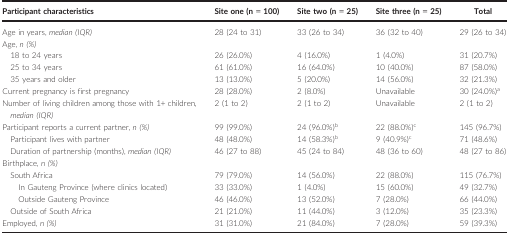
<table><thead><tr><td><b>Participant characteristics</b></td><td><b>Site one (n = 100)</b></td><td><b>Site two (n = 25)</b></td><td><b>Site three (n = 25)</b></td><td><b>Total</b></td></tr></thead><tbody><tr><td>Age in years, <i>median (IQR)</i></td><td>28 (24 to 31)</td><td>33 (26 to 34)</td><td>36 (32 to 40)</td><td>29 (26 to 34)</td></tr><tr><td colspan="5">Age, <i>n (%)</i></td></tr><tr><td>18 to 24 years</td><td>26 (26.0%)</td><td>4 (16.0%)</td><td>1 (4.0%)</td><td>31 (20.7%)</td></tr><tr><td>25 to 34 years</td><td>61 (61.0%)</td><td>16 (64.0%)</td><td>10 (40.0%)</td><td>87 (58.0%)</td></tr><tr><td>35 years and older</td><td>13 (13.0%)</td><td>5 (20.0%)</td><td>14 (56.0%)</td><td>32 (21.3%)</td></tr><tr><td>Current pregnancy is first pregnancy</td><td>28 (28.0%)</td><td>2 (8.0%)</td><td>Unavailable</td><td>30 (24.0%)a</td></tr><tr><td>Number of living children among those with 1+ children<i>, median (IQR)</i></td><td>2 (1 to 2)</td><td>2 (1 to 2)</td><td>Unavailable</td><td>2 (1 to 2)</td></tr><tr><td>Participant reports a current partner, <i>n (%)</i></td><td>99 (99.0%)</td><td>24 (96.0%)b</td><td>22 (88.0%)c</td><td>145 (96.7%)</td></tr><tr><td>Participant lives with partner</td><td>48 (48.0%)</td><td>14 (58.3%)b</td><td>9 (40.9%)c</td><td>71 (48.6%)</td></tr><tr><td>Duration of partnership (months), <i>median (IQR)</i></td><td>46 (27 to 88)</td><td>45 (24 to 84)</td><td>48 (36 to 60)</td><td>48 (27 to 86)</td></tr><tr><td colspan="5">Birthplace<i>, n (%)</i></td></tr><tr><td>South Africa</td><td>79 (79.0%)</td><td>14 (56.0%)</td><td>22 (88.0%)</td><td>115 (76.7%)</td></tr><tr><td>In Gauteng Province (where clinics located)</td><td>33 (33.0%)</td><td>1 (4.0%)</td><td>15 (60.0%)</td><td>49 (32.7%)</td></tr><tr><td>Outside Gauteng Province</td><td>46 (46.0%)</td><td>13 (52.0%)</td><td>7 (28.0%)</td><td>66 (44.0%)</td></tr><tr><td>Outside of South Africa</td><td>21 (21.0%)</td><td>11 (44.0%)</td><td>3 (12.0%)</td><td>35 (23.3%)</td></tr><tr><td>Employed<i>, n (%)</i></td><td>31 (31.0%)</td><td>21 (84.0%)</td><td>7 (28.0%)</td><td>59 (39.3%)</td></tr></tbody></table>